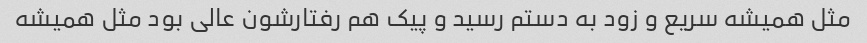
مثل همیشه سریع و زود به دستم رسید و پیک هم رفتارشون عالی بود مثل همیشه